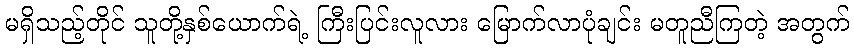
မရှိသည့်တိုင် သူတို့နှစ်ယောက်ရဲ့ ကြီးပြင်းလူလား မြောက်လာပုံချင်း မတူညီကြတဲ့ အတွက်